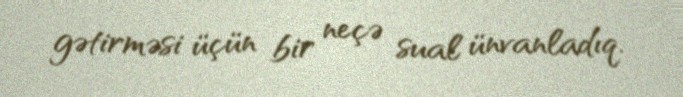
gətirməsi üçün bir neçə sual ünvanladıq.